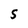
Character: S